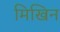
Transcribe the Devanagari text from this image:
मिखिन